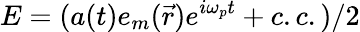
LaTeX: E=(a(t)e_{m}(\vec{r})e^{i\omega_{p}t}+c.c.)/2